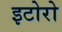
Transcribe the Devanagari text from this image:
इटोरो